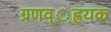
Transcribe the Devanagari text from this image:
ग्रणव््ह्रयक